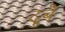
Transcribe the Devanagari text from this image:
दुबै